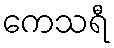
ကေသရီ